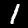
Label: 1